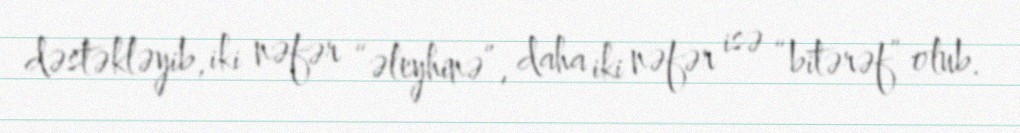
dəstəkləyib, iki nəfər “əleyhinə”, daha iki nəfər isə “bitərəf” olub.